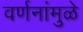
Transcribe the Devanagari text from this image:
वर्णनांमुळे